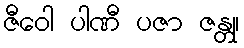
ဇီဝေါ ပါဏီ ပဇာ ဇန္တု၊